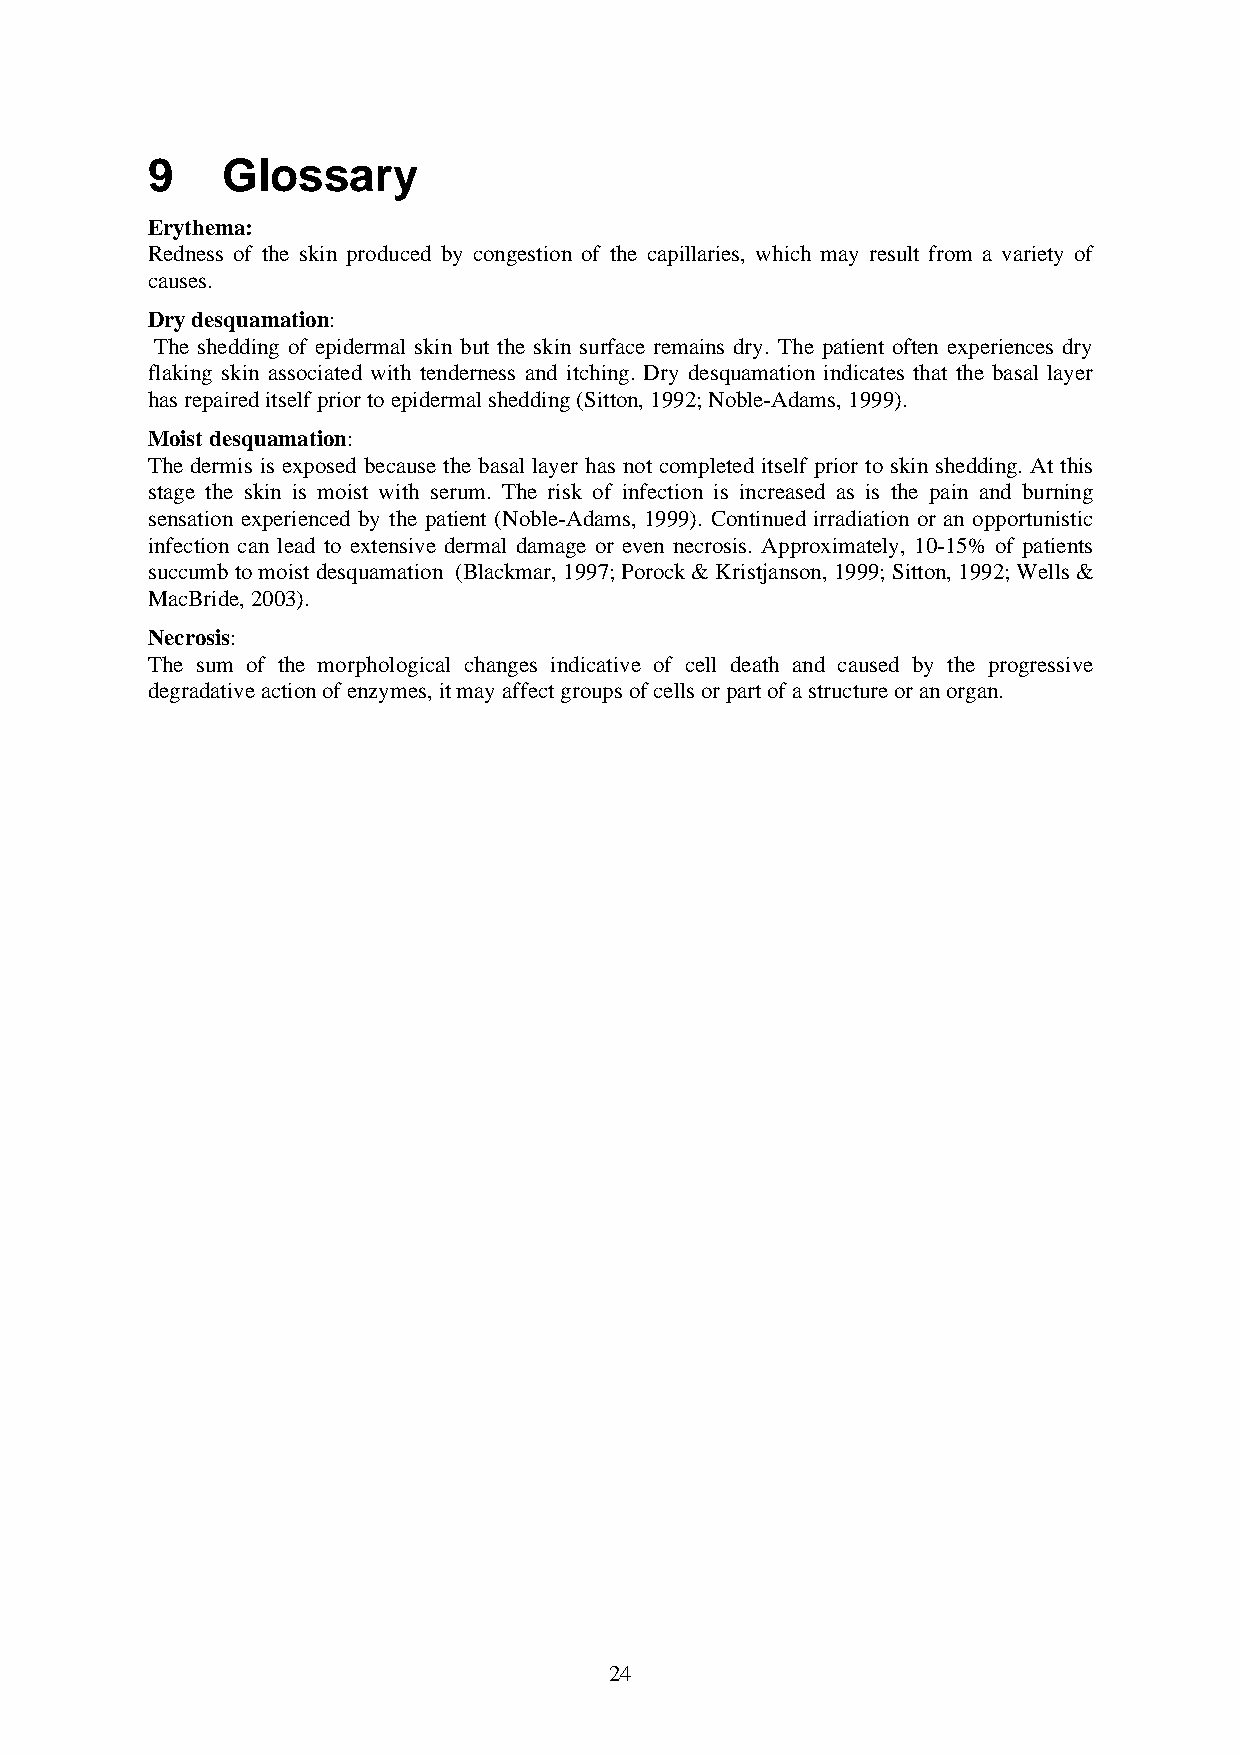
9    Glossary
 Erythema:
 Redness of the skin produced by congestion of the capillaries, which may result from a variety of
 causes.
 Dry desquamation:
 The shedding of epidermal skin but the skin surface remains dry. The patient often experiences dry
 flaking skin associated with tenderness and itching. Dry desquamation indicates that the basal layer
 has repaired itself prior to epidermal shedding (Sitton, 1992; Noble-Adams, 1999).
 Moist desquamation:
 The dermis is exposed because the basal layer has not completed itself prior to skin shedding. At this
 stage the skin is moist with serum. The risk of infection is increased as is the pain and burning
 sensation experienced by the patient (Noble-Adams, 1999). Continued irradiation or an opportunistic
 infection can lead to extensive dermal damage or even necrosis. Approximately, 10-15% of patients
 succumb to moist desquamation (Blackmar, 1997; Porock & Kristjanson, 1999; Sitton, 1992; Wells &
 MacBride, 2003).
 Necrosis:
 The sum of the morphological changes indicative of cell death and caused by the progressive
 degradative action of enzymes, it may affect groups of cells or part of a structure or an organ.
 24